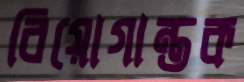
বিয়োগান্তক